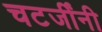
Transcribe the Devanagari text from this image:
चटर्जींनी